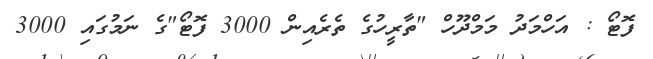
ފޮޓޯ : އަހްމަދު މަމްދޫހް "ތާރީހުގެ ތެރެއިން 3000 ފޮޓޯ"ގެ ނަމުގައި 3000